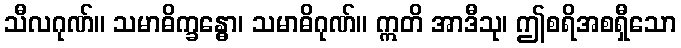
သီလဂုဏ်။ သမာဓိက္ခန္ဓော၊ သမာဓိဂုဏ်။ ဣတိ အာဒီသု၊ ဤစရိအစရှီသော